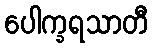
ပေါက္ခရသာတီ